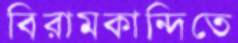
বিরামকান্দিতে